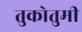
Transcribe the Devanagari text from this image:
तुकोतुमी